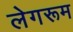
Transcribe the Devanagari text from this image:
लेगरूम